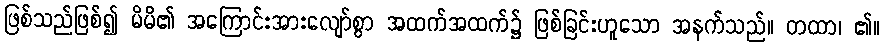
ဖြစ်သည်ဖြစ်၍ မိမိ၏ အကြောင်းအားလျော်စွာ အထက်အထက်၌ ဖြစ်ခြင်းဟူသော အနက်သည်။ တထာ၊ ၏။